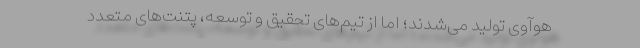
هوآوی تولید می‌شدند؛ اما از تیم‌های تحقیق و توسعه، پتنت‌های متعدد